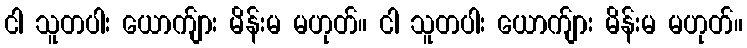
ငါ သူတပါး ယောက်ျား မိန်းမ မဟုတ်။ ငါ သူတပါး ယောက်ျား မိန်းမ မဟုတ်။